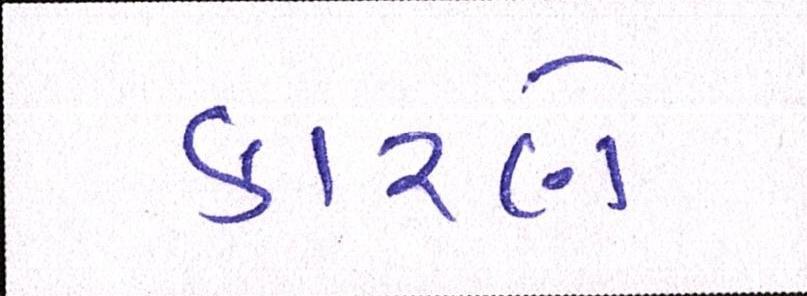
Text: કારણે